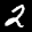
Digit: 2